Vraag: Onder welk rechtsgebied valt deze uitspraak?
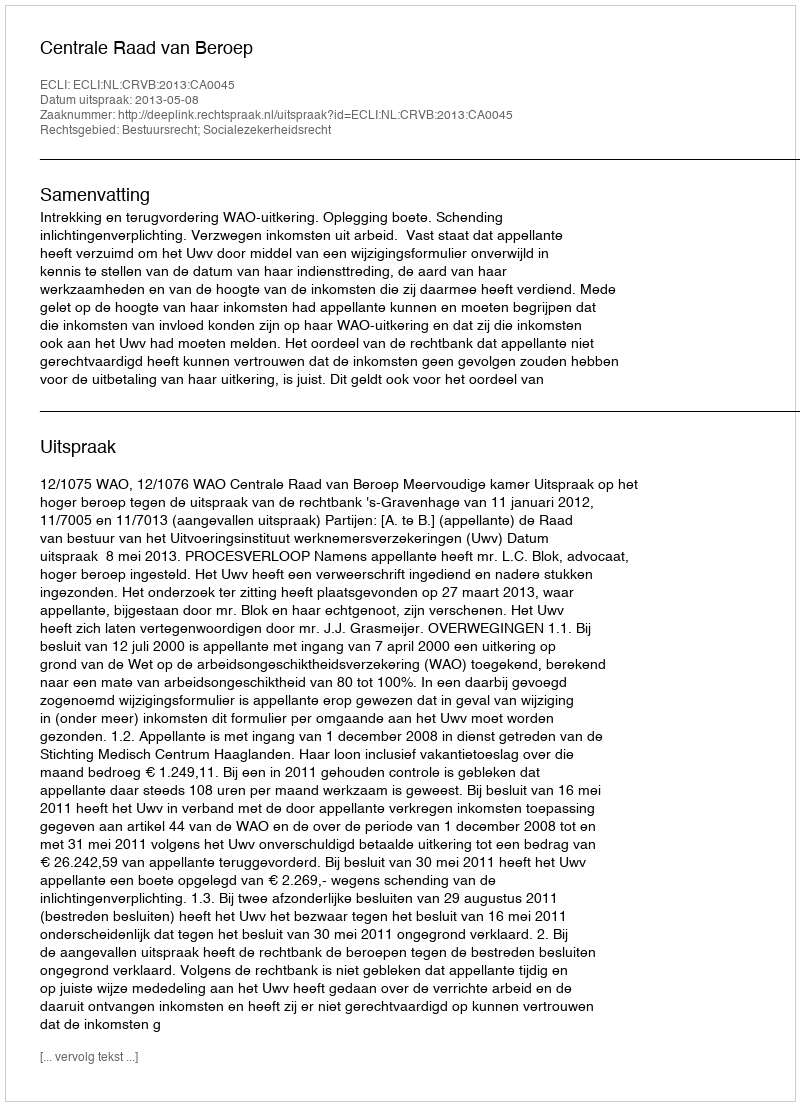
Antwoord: Bestuursrecht; Socialezekerheidsrecht